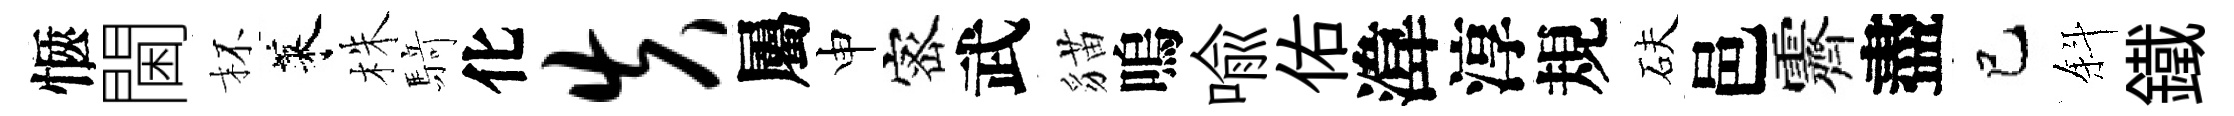
愜閫杯萊株𮪍化失屬申宻武貓嗚喻佑湋淳規砆邑霽盡巳斜鐵